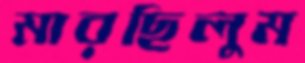
মারছিলুম